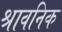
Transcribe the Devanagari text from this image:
श्रावनिक